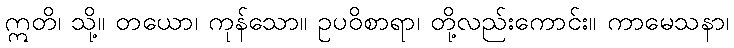
ဣတိ၊ သို့။ တယော၊ ကုန်သော။ ဥပဝိစာရာ၊ တို့လည်းကောင်း။ ကာမေသနာ၊